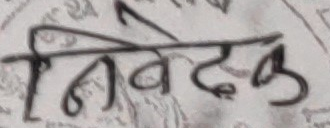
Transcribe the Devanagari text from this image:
निवेदक